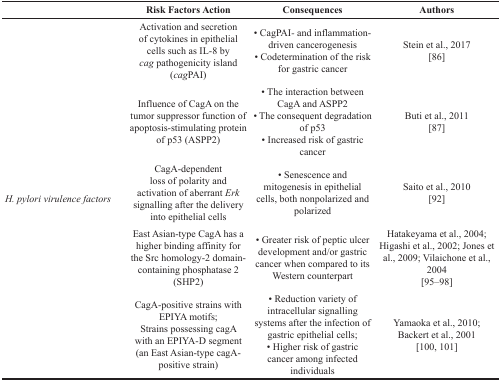
<table><thead><tr><td></td><td><b>Risk Factors Action</b></td><td><b>Consequences</b></td><td><b>Authors</b></td></tr></thead><tbody><tr><td rowspan="5"><i>H. pylori virulence factors</i></td><td>Activation and secretion of cytokines in epithelial cells such as IL-8 by <i>cag</i> pathogenicity island (<i>cag</i>PAI)</td><td>• CagPAI<i>-</i> and inflammation-driven cancerogenesis• Codetermination of the risk for gastric cancer</td><td>Stein et al., 2017 [86]</td></tr><tr><td>Influence of CagA on the tumor suppressor function of apoptosis-stimulating protein of p53 (ASPP2)</td><td>• The interaction between CagA and ASPP2• The consequent degradation of p53• Increased risk of gastric cancer</td><td>Buti et al., 2011 [87]</td></tr><tr><td>CagA-dependent loss of polarity and activation of aberrant <i>Erk</i> signalling after the delivery into epithelial cells</td><td>• Senescence and mitogenesis in epithelial cells, both nonpolarized and polarized</td><td>Saito et al., 2010 [92]</td></tr><tr><td>East Asian-type CagA has a higher binding affinity for the Src homology-2 domain-containing phosphatase 2 (SHP2)</td><td>• Greater risk of peptic ulcer development and/or gastric cancer when compared to its Western counterpart</td><td>Hatakeyama et al., 2004; Higashi et al., 2002; Jones et al., 2009; Vilaichone et al., 2004 [95–98]</td></tr><tr><td>CagA-positive strains with EPIYA motifs;Strains possessing cagA with an EPIYA-D segment (an East Asian-type cagA-positive strain)</td><td>• Reduction variety of intracellular signalling systems after the infection of gastric epithelial cells;• Higher risk of gastric cancer among infected individuals</td><td>Yamaoka et al., 2010; Backert et al., 2001 [100, 101]</td></tr></tbody></table>